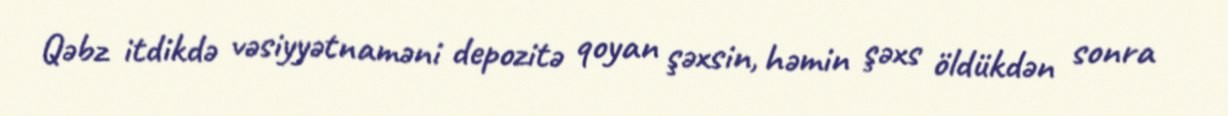
Qəbz itdikdə vəsiyyətnaməni depozitə qoyan şəxsin, həmin şəxs öldükdən sonra